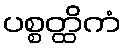
ပစ္စတ္ထိကံ